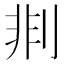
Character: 剕